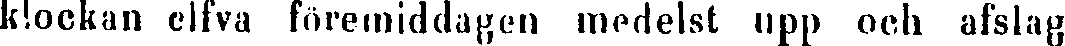
klockan elfva föremiddagen medelst upp och afslag